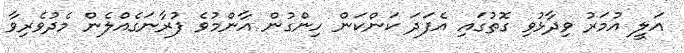
އަލީ އުމަރު ވިދާޅުވި ގޮތުގައި އެފަދަ ކަންކަން ހިންގުން އާންމުވެ ފުރާނަގެއްލެން މެދުވެރިވާ